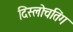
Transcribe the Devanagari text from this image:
दिस्लोचतिंग